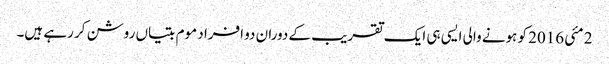
2 مئی 2016 کو ہونے والی ایسی ہی ایک تقریب کے دوران دو افراد موم بتیاں روشن کر رہے ہیں۔